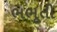
ભભૂતી